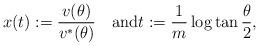
LaTeX: \begin{align*}x(t):=\frac{v(\theta)}{v^*(\theta)}\quad\textrm{and}t:=\frac{1}{m}\log\tan\frac{\theta}{2},\end{align*}